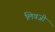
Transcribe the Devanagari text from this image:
लिवजी